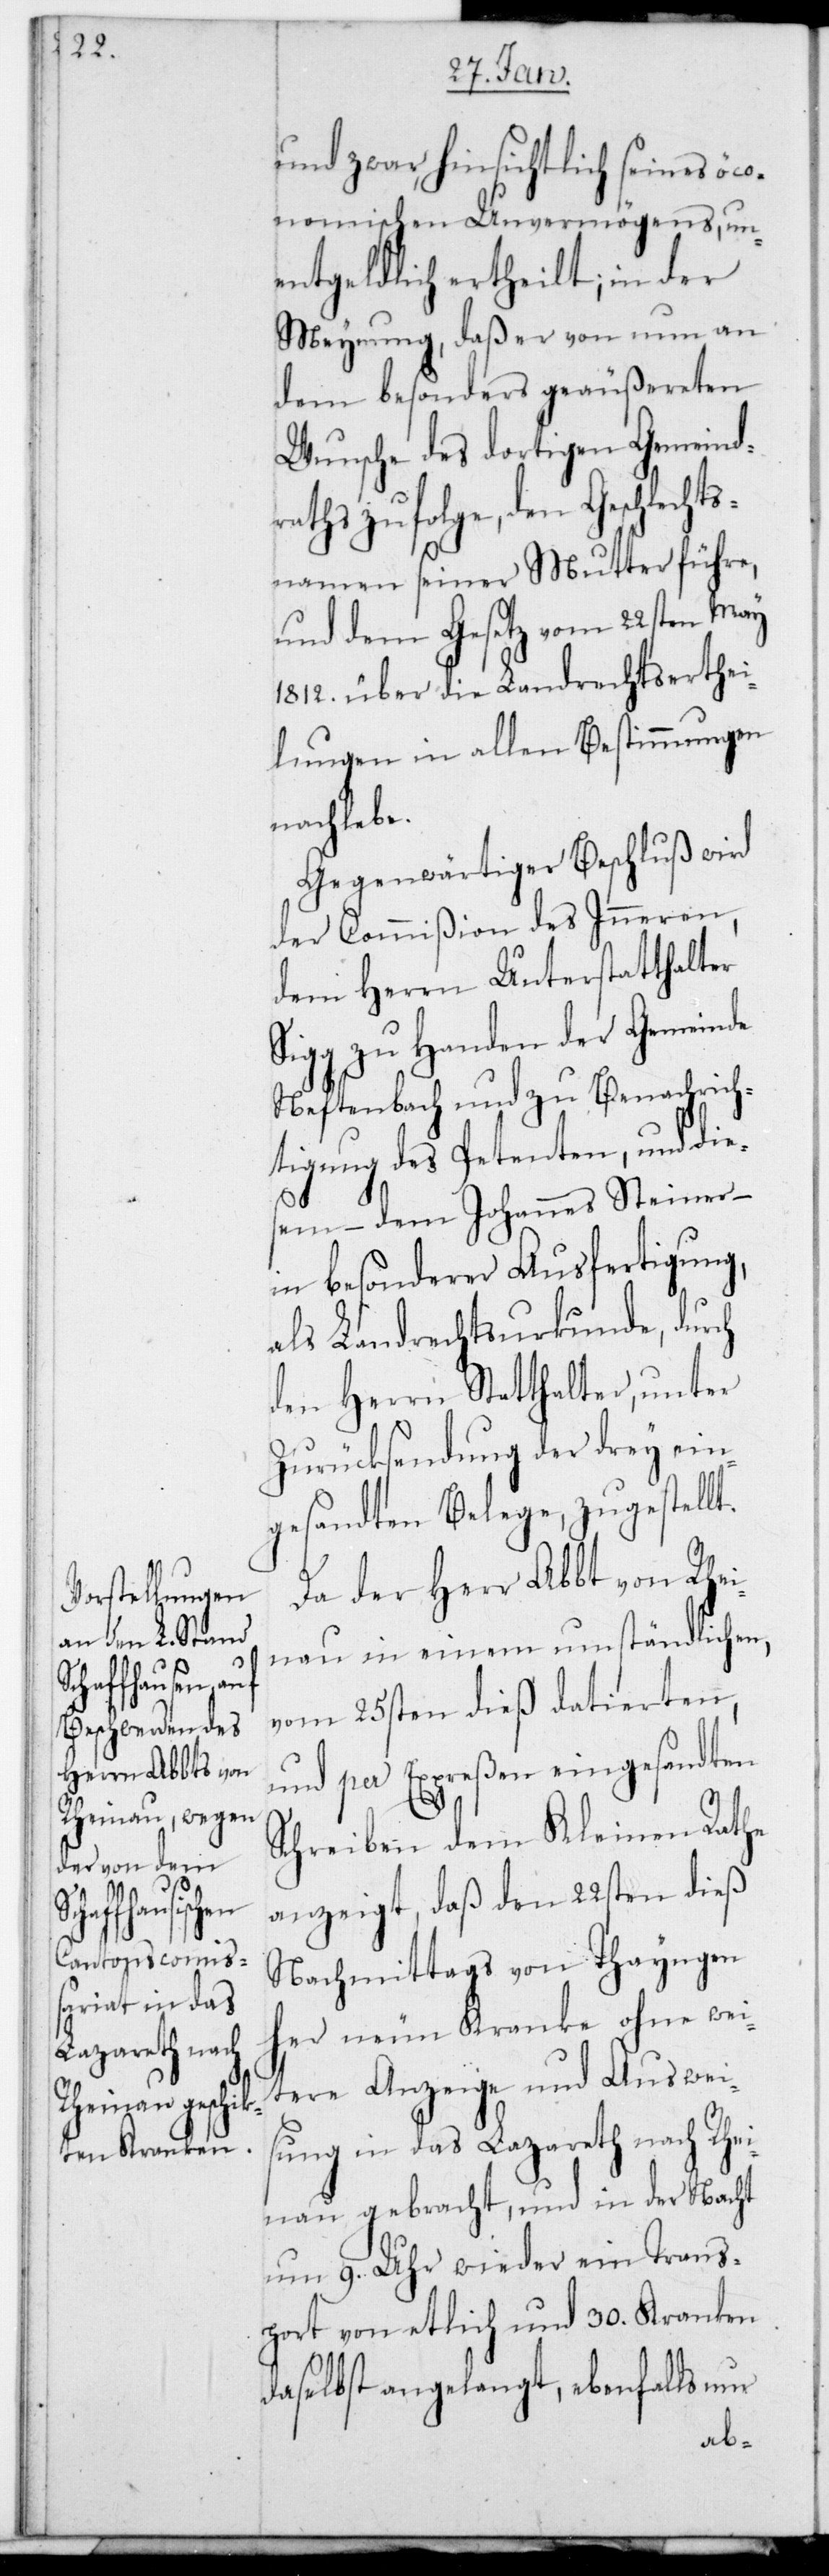
und zwar, hinsichtlich seines öko¬
nomischen Unvermögens, un¬
entgeldlich ertheilt, in der
Meynung, daß er von nun an
dem besonders geäußereten
Wunsche des dortigen Gemeind¬
raths zufolge, den Geschlecht¬
snamen seiner Mutter führe,
und dem Gesetz vom 22sten May
1812 über die Landrechts-Erthei¬
lungen in allen Bestimmungen
nachlebe.
Gegenwärtiger Beschluß wird
der Commißion des Inneren,
dem Herrn Unterstatthalter
Sigg zu Handen der Gemeinde
Neftenbach und zu Benachrich¬
tigung des Petenten, und dies¬
em, – dem Johannes Steiner –
in besonderer Ausfertigung,
als Landrechtsurkunde, durch
den Herrn Statthalter, unter
Zurücksendung der drey ein¬
gesandten Belege, zugestellt.
Da der Herr Abbt von Rhei¬
nau in einem umständlichen,
vom 25sten dieß datierten,
und per Expreßen eingesandten
Schreiben dem Kleinen Rathe
anzeigt, daß den 22sten dieß
Nachmittags von Thayngen
her neun Kranke ohne wei¬
tere Anzeige und Auswei¬
sung in das Lazareth nach Rhei¬
nau gebracht, und in der Nacht
um 9. Uhr wieder ein Trans¬
port von etlich und 30. Kranken
daselbst angelangt, ebenfalls nur